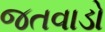
જતવાડો